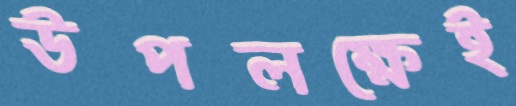
উপলক্ষেই